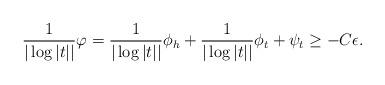
LaTeX: \begin{align*}\frac{1}{|\log |t||}\varphi= \frac{1}{|\log |t||}\phi_h+\frac{1}{|\log |t||} \phi_t+\psi_t \geq -C\epsilon.\end{align*}